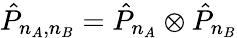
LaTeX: \hat{P}_{n_{A},n_{B}}=\hat{P}_{n_{A}}\otimes\hat{P}_{n_{B}}